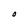
Character: O